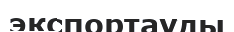
экспортауды